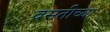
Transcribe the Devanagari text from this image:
वसतीच्या